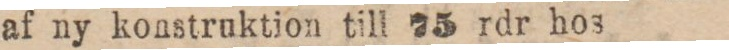
af ny konstruktion till 75 rdr hos